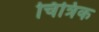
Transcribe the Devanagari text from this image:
चित्रिक